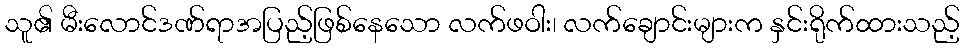
သူ၏ မီးလောင်ဒဏ်ရာအပြည့်ဖြစ်နေသော လက်ဖဝါး၊ လက်ချောင်းများက နှင်းရိုက်ထားသည့်